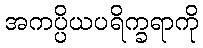
အကပ္ပိယပရိက္ခရာကို